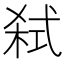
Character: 弑